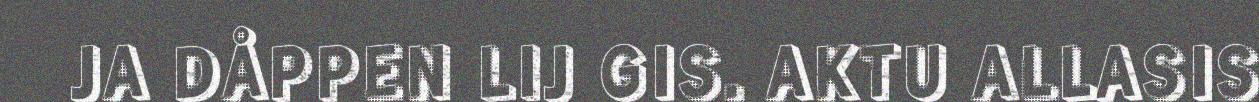
JA DÅPPEN LIJ GIS. AKTU ALLASIS